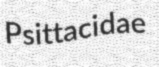
Psittacidae